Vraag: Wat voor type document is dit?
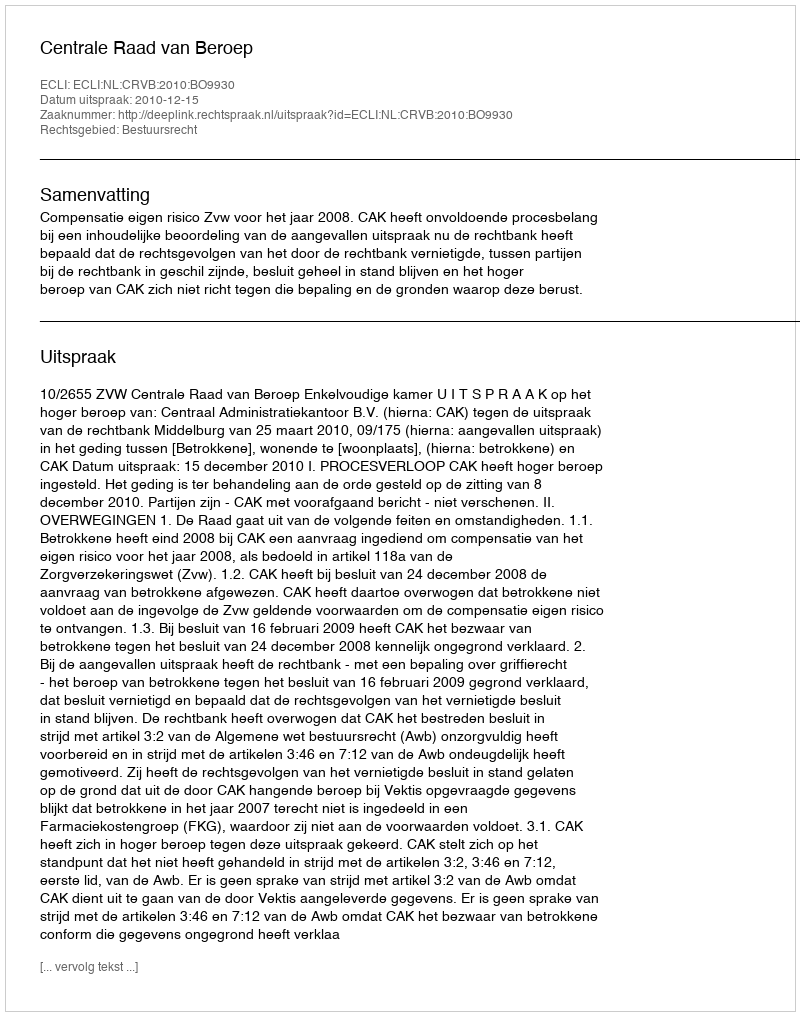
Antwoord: Uitspraak